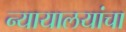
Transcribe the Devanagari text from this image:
न्यायालयांचा